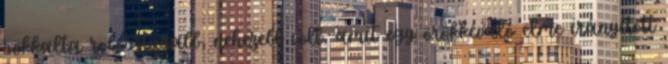
sokkalta robosztusabb, nehezebb volt, amit egy örökkévaló elme irányított